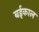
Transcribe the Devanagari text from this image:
बईकाल